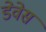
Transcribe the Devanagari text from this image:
डेवेस